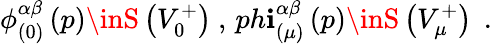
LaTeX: \phi_{(0)}^{\alpha\beta}\left(p\right)\inS\left(V_{0}^{+}\right)\ ,\, ph\mathbf{i}_{(\mu)}^{\alpha\beta}\left(p\right)\inS\left(V_{\mu}^{+}\right)\; \, .